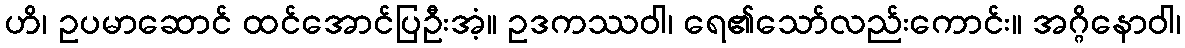
ဟိ၊ ဥပမာဆောင် ထင်အောင်ပြဦးအံ့။ ဥဒကဿဝါ၊ ရေ၏သော်လည်းကောင်း။ အဂ္ဂိနောဝါ၊